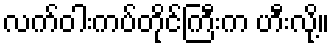
လက်ဝါးကပ်တိုင်ကြီးက ဟီးလို့။